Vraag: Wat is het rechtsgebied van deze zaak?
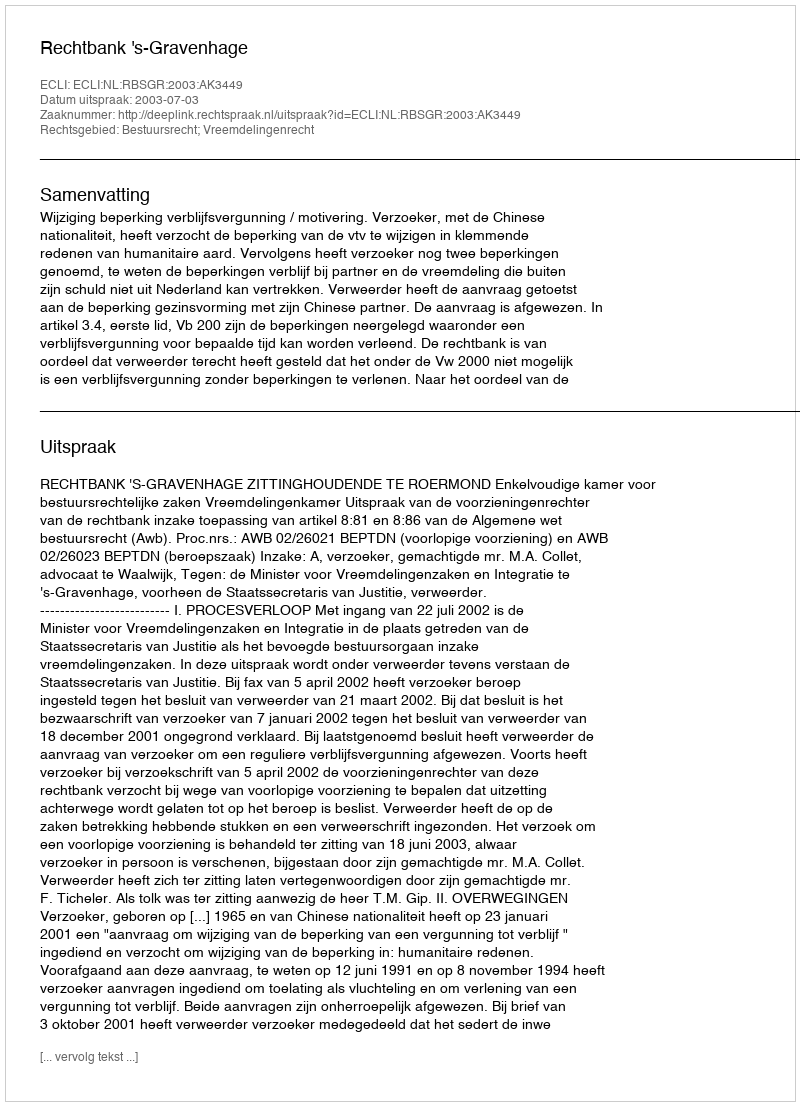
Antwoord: Bestuursrecht; Vreemdelingenrecht